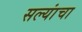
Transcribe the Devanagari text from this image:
सल्यांचा